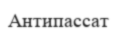
Антипассат